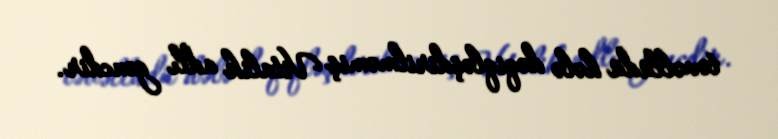
təvəllüdü hələ dəqiqləşdirilməmiş Vitalik adlı gəncdir.